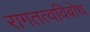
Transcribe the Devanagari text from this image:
रागतत्वविबोध